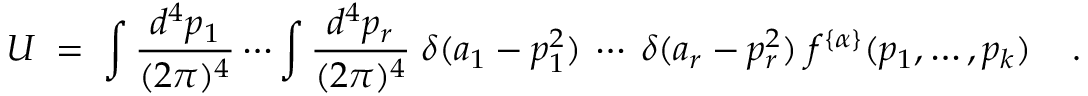
U \; = \; \int \frac { d ^ { 4 } p _ { 1 } } { ( 2 \pi ) ^ { 4 } } \cdots \int \frac { d ^ { 4 } p _ { r } } { ( 2 \pi ) ^ { 4 } } \; \delta ( a _ { 1 } - p _ { 1 } ^ { 2 } ) \: \cdots \: \delta ( a _ { r } - p _ { r } ^ { 2 } ) \; f ^ { \{ \alpha \} } ( p _ { 1 } , \ldots , p _ { k } ) \; \; \; \; .